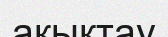
ақықтау